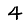
Digit: 4